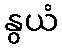
နွယံ